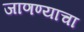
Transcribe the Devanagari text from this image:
जाणण्याचा